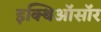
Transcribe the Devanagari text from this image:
इक्थिऑसॉर